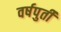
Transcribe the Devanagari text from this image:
वर्षपुर्ती